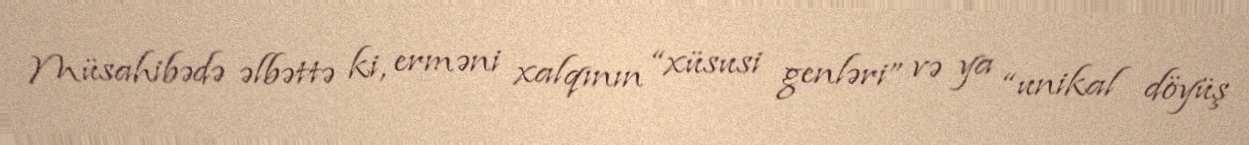
Müsahibədə əlbəttə ki, erməni xalqının “xüsusi genləri” və ya “unikal döyüş